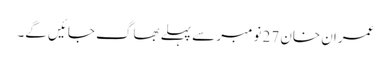
عمران خان 27 نومبر سے پہلے بھاگ جائیں گے۔